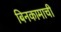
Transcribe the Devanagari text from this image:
बिनकामाची